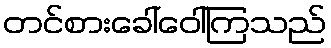
တင်စားခေါ်ဝေါ်ကြသည်